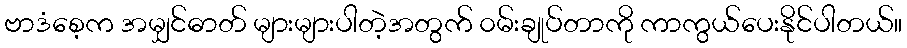
ဗာဒံစေ့က အမျှင်ဓာတ် များများပါတဲ့အတွက် ၀မ်းချုပ်တာကို ကာကွယ်ပေးနိုင်ပါတယ်။